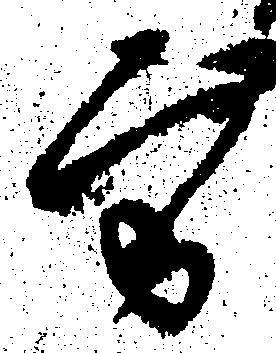
方